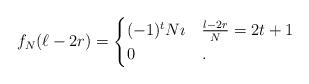
LaTeX: \begin{align*}f_{N}(\ell - 2r) = \begin{cases}(-1)^{t} N \imath & \frac{l - 2r}{N} = 2t+1 \\0 & . \end{cases}\end{align*}